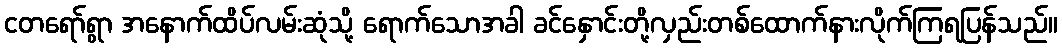
ငတရော်ရွာ အနောက်ထိပ်လမ်းဆုံသို့ ရောက်သောအခါ ခင်နှောင်းတို့လှည်းတစ်ထောက်နားလိုက်ကြရပြန်သည်။